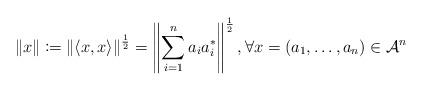
LaTeX: \begin{align*} \|x\|\coloneqq \|\langle x, x\rangle\|^\frac{1}{2}=\left\|\sum_{i=1}^{n}a_ia_i^*\right\|^\frac{1}{2}, \forall x=(a_1, \dots, a_n) \in \mathcal{A}^n \end{align*}